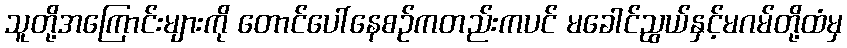
သူတို့အကြောင်းများကို တောင်ပေါ်နေစဉ်ကတည်းကပင် မခေါင်ညွယ်နှင့်မဂမ်တို့ထံမှ